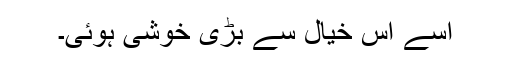
اسے اس خیال سے بڑی خوشی ہوئی۔